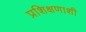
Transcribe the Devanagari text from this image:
प्रशिक्षणाशी